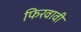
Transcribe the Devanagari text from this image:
फिरवावी